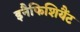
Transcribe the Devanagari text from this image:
इनैफिशियैंट